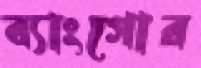
ব্যাংগোর